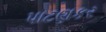
પાટણકર